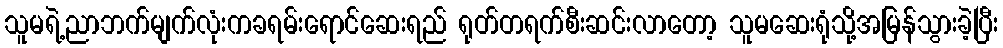
သူမရဲ့ညာဘက်မျက်လုံးကခရမ်းရောင်ဆေးရည် ရုတ်တရက်စီးဆင်းလာတော့ သူမဆေးရုံသို့အမြန်သွားခဲ့ပြီး